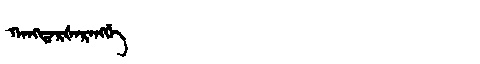
Manchu: ᡴᠠᠩᡨᠠᡵᡧᠠᡵᠠᠩᡤᡝ
Romanization: KANGTARŠARANGGE